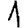
Digit: 1